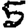
Digit: 5